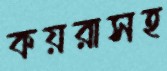
কয়রাসহ